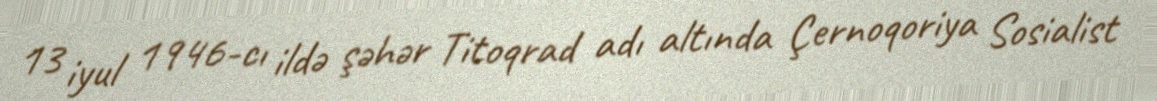
13 iyul 1946-cı ildə şəhər Titoqrad adı altında Çernoqoriya Sosialist